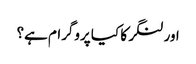
اور لنگر کا کیا پروگرام ہے؟